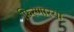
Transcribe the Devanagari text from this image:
फिरणारया